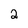
Character: 2